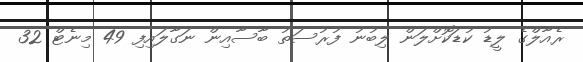
ރެއާލްގެ ލީޑު ކުޑަކޮށްލަން ލިބުނު ފުރުސަތު ބާސާއިން ނަގާލައިފި 49 މިނެޓް 32